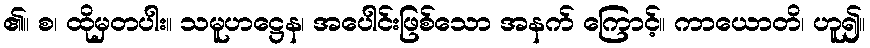
၏။ စ၊ ထိုမှတပါး။ သမူဟဋ္ဌေန၊ အပေါင်းဖြစ်သော အနက် ကြောင့်။ ကာယောတိ၊ ဟူ၍။